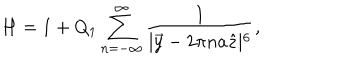
H = 1 + Q _ { 1 } \sum _ { n = - \infty } ^ { \infty } \frac { 1 } { \mid \vec { y } - 2 \pi n a \hat { z } \mid ^ { 6 } } ,